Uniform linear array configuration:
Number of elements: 24
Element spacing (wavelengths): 0.25
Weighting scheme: blackman
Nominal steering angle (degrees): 0
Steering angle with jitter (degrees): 1.382
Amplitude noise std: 0.05
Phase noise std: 0.05

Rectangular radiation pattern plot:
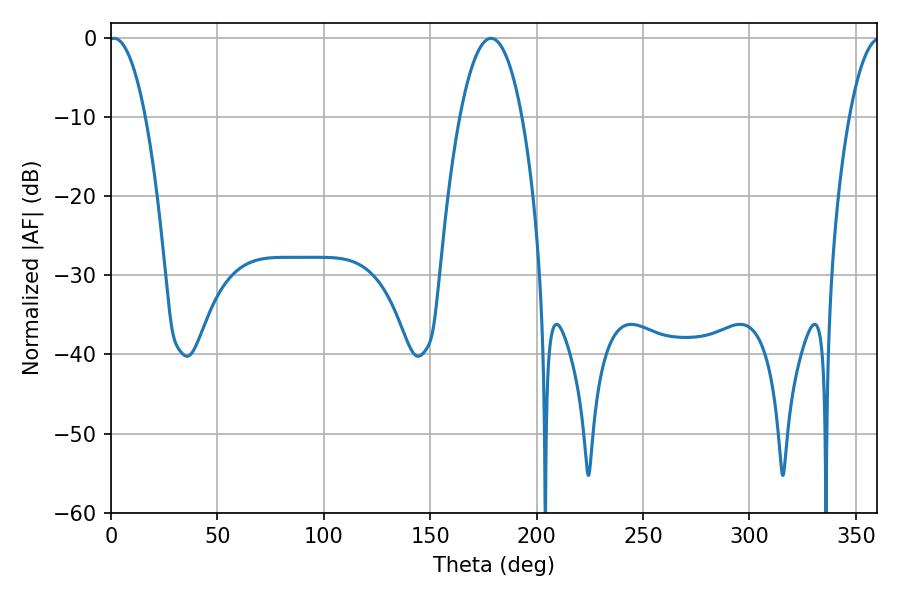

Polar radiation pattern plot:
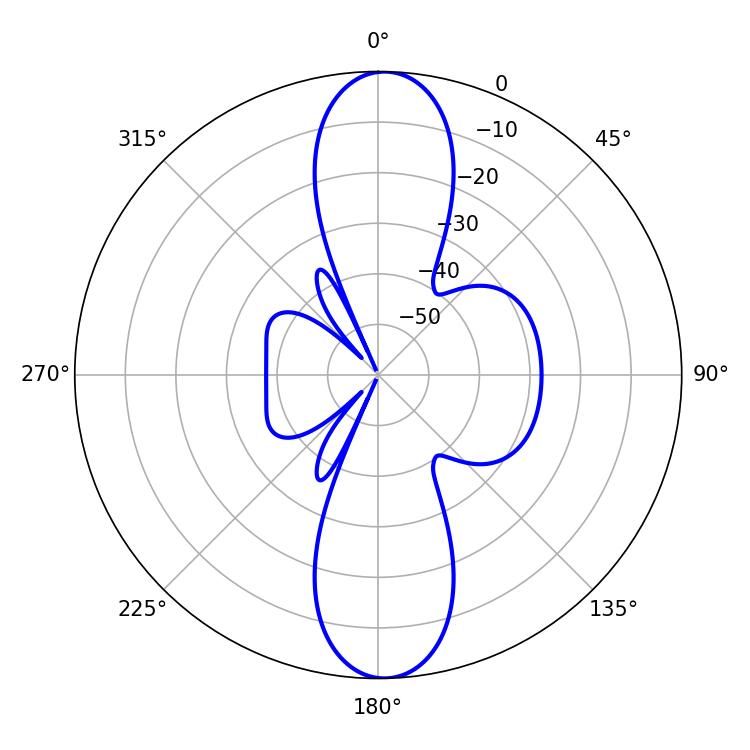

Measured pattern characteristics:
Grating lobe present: FALSE
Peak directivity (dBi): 20.647
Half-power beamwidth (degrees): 9.54
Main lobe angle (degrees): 1.44